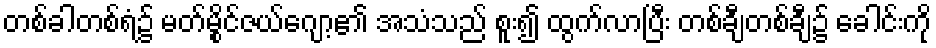
တစ်ခါတစ်ရံ၌ မတ်မွိုင်ဇယ်ဂျော့၏ အသံသည် စူး၍ ထွက်လာပြီး တစ်ချီတစ်ချီ၌ ခေါင်းကို